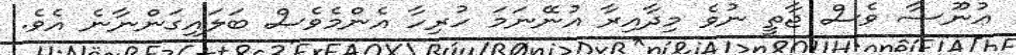
ޢުނޫސާ ވެސް ޖާތީ ނުވެ މިދާއިރާ އުނޭނަމަ ހުރިހާ އެންމެވެސް ބަލައިގަންނާނެ އެވެ.